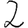
Digit: 2